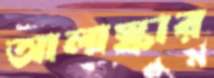
আলাস্কার